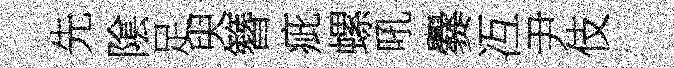
先隂足臾簪疵螺吼爨冱尹伎